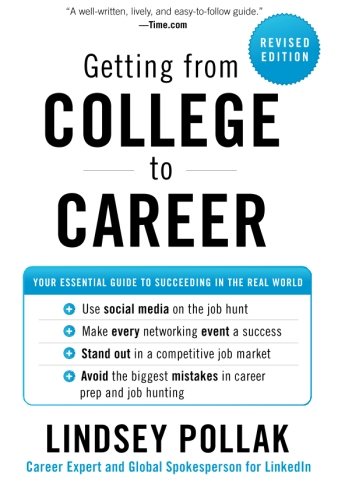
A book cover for Getting from College to Career Rev Ed: Your Essential Guide to Succeeding in the Real World; Lindsey Pollak; Business & Money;